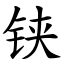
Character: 铗